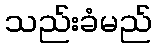
သည်းခံမည်